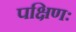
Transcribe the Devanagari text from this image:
पक्षिणः